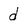
Character: d